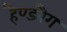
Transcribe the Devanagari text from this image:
हैण्डबैग